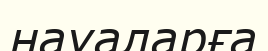
науаларға